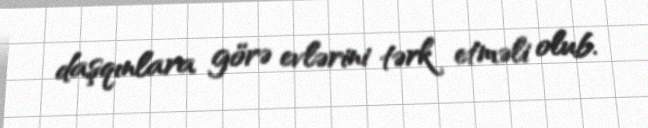
daşqınlara görə evlərini tərk etməli olub.